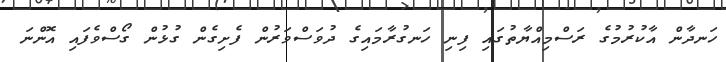
ހަނދާން އާކުރުމުގެ ރަސްމިއްޔާތުގައި ފިނި ހަނގުރާމައިގެ ދުވަސްވަރުން ފެށިގެން ގުޅުން ގޯސްވެފައި އޮންނަ